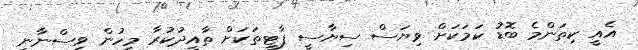
އެއީ ކިތަންމެ ބޮޑު ކަމަކަށް ވިޔަސް ސިޔާސީ ޕާޓީތަކަށް ތާއީދުކުރާ މީހުން ވިސްނާނީ